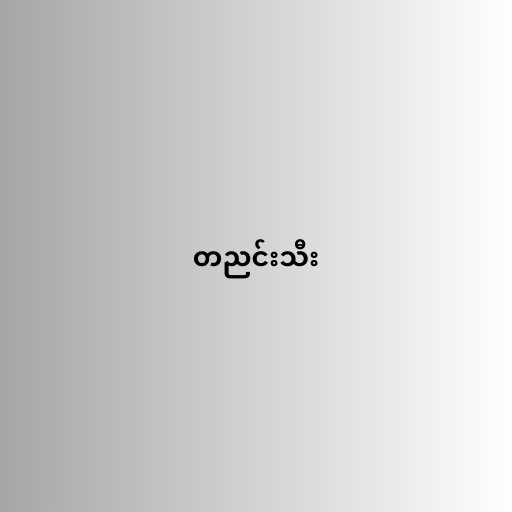
တညင်းသီး